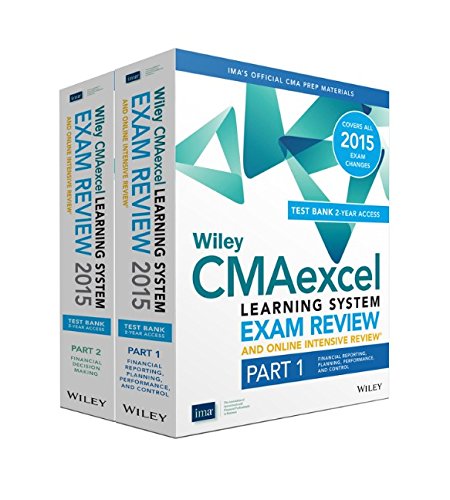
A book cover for Wiley CMAexcel Learning System Exam Review and Online Intensive Review 2015 + Test Bank: Complete Set (Wiley CMA Learning System); IMA; Business & Money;